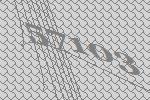
57103